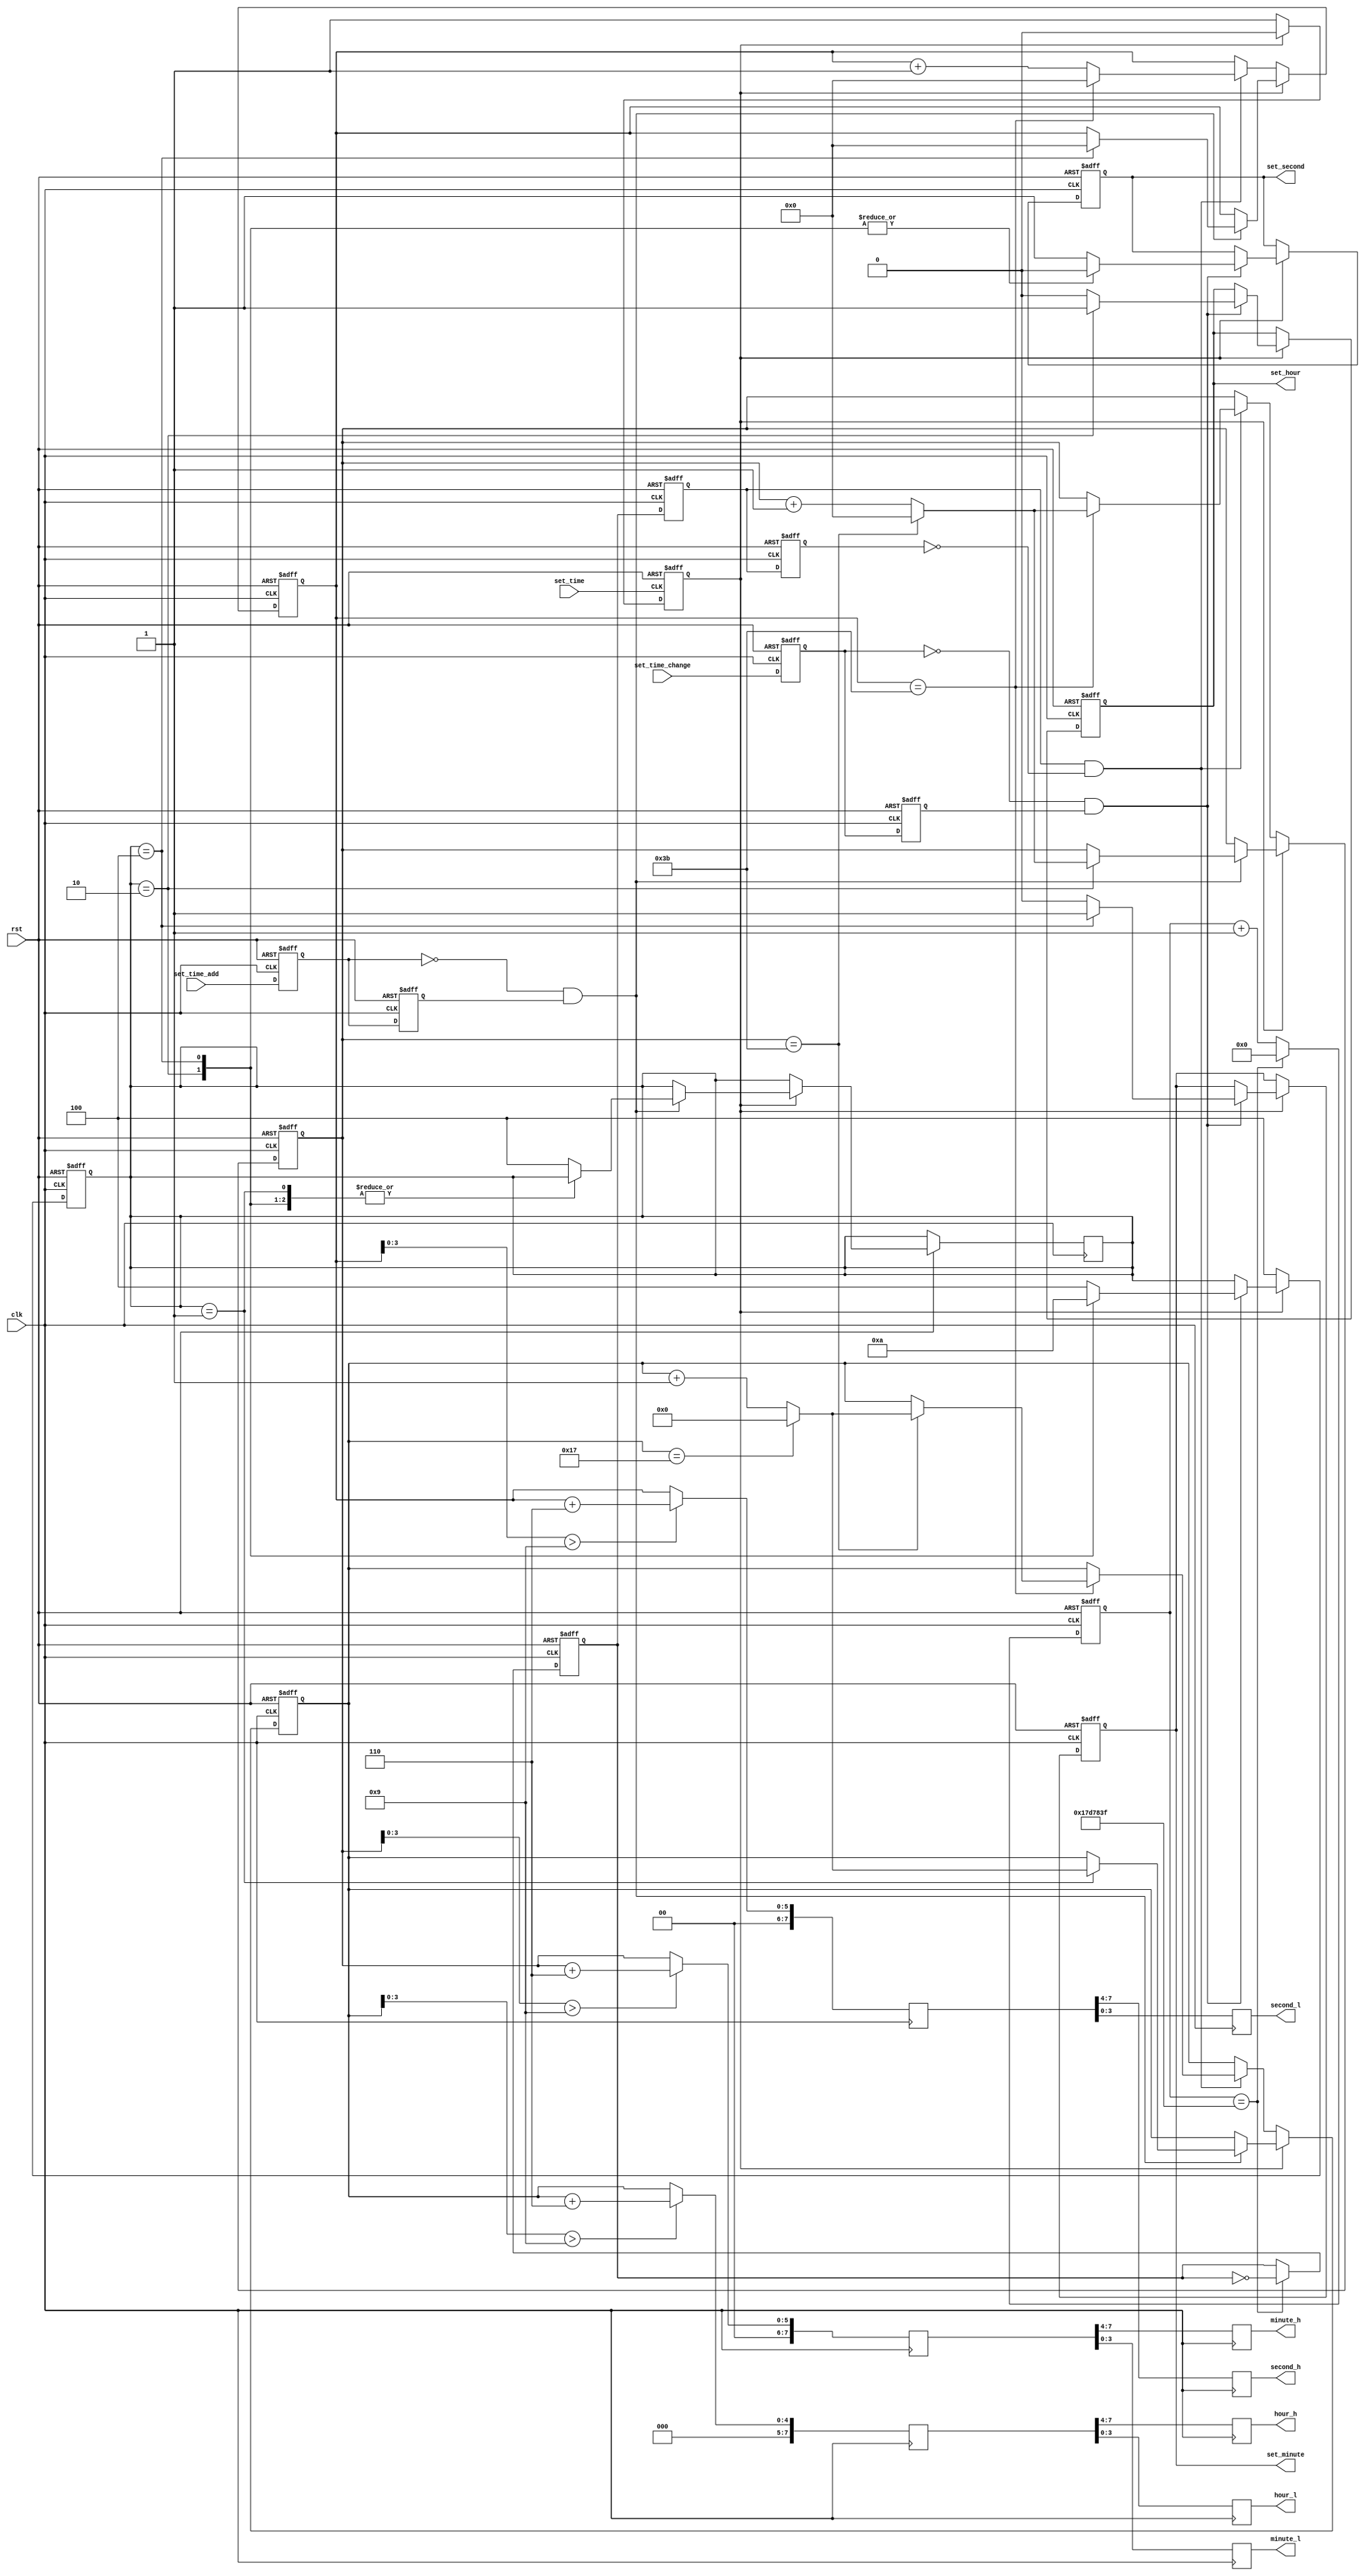
module counter
(
    input wire clk,
    input wire rst,
	
	input wire set_time,
	input wire set_time_change,
	input wire set_time_add,
	
    output reg[3:0] hour_h,
	output reg[3:0] hour_l,
    output reg[3:0] minute_h,
	output reg[3:0] minute_l,
    output reg[3:0] second_h,
	output reg[3:0] second_l,
	
	//
	output reg set_hour,
	output reg set_minute,
	output reg set_second
);
	
    reg[4:0]  hour_cnt;
    reg[5:0]  minute_cnt;
    reg[5:0]  second_cnt;
	reg[25:0] frequency_divider;
    reg       frequency_divider_out;
	reg       frequency_divider_out1,frequency_divider_out2;
	parameter crystal_frequency = 26'd50_000_000;
	
	reg[7:0]  hour_bcd_cnt;
    reg[7:0]  minute_bcd_cnt;
    reg[7:0]  second_bcd_cnt;
	
	reg       set_time_enable;
	parameter HOUR_CHANGE = 3'b001;
	parameter MINNUTE_CHANGE = 3'b010;
	parameter SECOND_CHANGE = 3'b100;
	reg[2:0]  change_state;
	reg       set_time_add_1;
	reg       set_time_add_2;
	reg       set_time_change_1;
	reg       set_time_change_2;
	
    always@(posedge clk or negedge rst)
    begin
        if(~rst)
		begin
            frequency_divider <= 26'b0;
			frequency_divider_out <= 1'b0;
		end
        else
        begin
            if(frequency_divider == crystal_frequency/2 - 26'b1)
			begin
                frequency_divider <= 26'b0;
				frequency_divider_out <= ~frequency_divider_out;
			end
            else
                frequency_divider <= frequency_divider + 26'b1;	
        end
    end
	
	always@(negedge set_time or negedge rst)
	begin
		if(~rst)
			set_time_enable <= 1'b0;
		else
			if(set_time_enable == 1'b0)
				set_time_enable <= 1'b1;
			else
				set_time_enable <= 1'b0;
	end
	
	always@(negedge rst or posedge clk)
	begin	
		if(~rst)
		begin
			change_state <= SECOND_CHANGE;
			set_time_change_1 <= 1'b1;
			set_time_change_2 <= 1'b1;
			set_second <= 1'b1;
			set_hour <= 1'b0;
			set_minute <= 1'b0;
		end
		else
		begin
			set_time_change_1 <= set_time_change;
			set_time_change_2 <= set_time_change_1;
			if(set_time_enable == 1'b1)
			begin
				if(~set_time_change_1 && set_time_change_2)
				begin
					case(change_state)
						HOUR_CHANGE:
						begin
							change_state <= SECOND_CHANGE;
							set_second <= 1'b1;
							set_hour <= 1'b0;
							set_minute <= 1'b0;
						end
						MINNUTE_CHANGE:
						begin
							change_state <= HOUR_CHANGE;
							set_hour <= 1'b1;
							set_second <= 1'b0;
							set_minute <= 1'b0;
						end
						SECOND_CHANGE:
						begin
							change_state <= MINNUTE_CHANGE;
							set_minute <= 1'b1;
							set_hour <= 1'b0;
							set_second <= 1'b0;
						end
						default:
						begin
							change_state <= SECOND_CHANGE;
							set_second <= 1'b1;
							set_hour <= 1'b0;
							set_minute <= 1'b0;
						end
					endcase
				end
				else
					change_state <= change_state;
			end
			else
				change_state <= SECOND_CHANGE;
		end
	end
	
	always@(posedge clk or negedge rst)
	begin
		if(~rst)
		begin
			set_time_add_1 <= 1'b1;
			set_time_add_2 <= 1'b1;
			
			hour_cnt <= 5'b0;
			minute_cnt <= 6'b0;
			second_cnt <= 6'b0;
			frequency_divider_out1 <= 1'b0;
			frequency_divider_out2 <= 1'b0;
		end
		else
		begin
			set_time_add_1 <= set_time_add;
			set_time_add_2 <= set_time_add_1;
			frequency_divider_out1 <= frequency_divider_out;
			frequency_divider_out2 <= frequency_divider_out1;
			if(set_time_enable == 1'b1)
			begin
				if(~set_time_add_1 && set_time_add_2)
				begin
					case(change_state)
						HOUR_CHANGE:
						begin
							if(hour_cnt == 5'd23)
								hour_cnt <= 5'b0;
							else
								hour_cnt <= hour_cnt + 5'b1;
						end
						MINNUTE_CHANGE:
						begin
							if(minute_cnt == 6'd59)
								minute_cnt <= 6'b0;
							else
								minute_cnt <= minute_cnt + 6'b1;
						end
						SECOND_CHANGE:second_cnt <= 6'b0;
						default:change_state <= SECOND_CHANGE;
					endcase
				end
				else
					change_state <= change_state;
			end
			else
			begin
				if(frequency_divider_out1 && ~frequency_divider_out2)
				begin
					if(second_cnt == 6'd59)
					begin
						second_cnt <= 6'b0;
						if(minute_cnt == 6'd59)
						begin
							minute_cnt <= 6'b0;
							if(hour_cnt == 5'd23)
								hour_cnt <= 5'b0;
							else
								hour_cnt <= hour_cnt + 5'b1;
						end
						else
							minute_cnt <= minute_cnt + 6'b1;
					end
					else
						second_cnt <= second_cnt + 6'b1;
				end
				else
					second_cnt <= second_cnt;
			end
			
		end
	end
	
	always@(posedge clk)//BCD change
	begin
		if(second_cnt[3:0] > 4'd9)
			second_bcd_cnt <= {2'b0,second_cnt + 6'd6};
		else
			second_bcd_cnt <= {2'b0,second_cnt};
		if(minute_cnt[3:0] > 4'd9)
			minute_bcd_cnt <= {2'b0,minute_cnt + 6'd6};
		else
			minute_bcd_cnt <= {2'b0,minute_cnt};
		if(hour_cnt[3:0] > 4'd9)
			hour_bcd_cnt <= {3'b0,hour_cnt + 5'd6};
		else
			hour_bcd_cnt <= {3'b0,hour_cnt};
	end
	always@(posedge clk)//output
	begin
		hour_h   <= hour_bcd_cnt[7:4];
		hour_l   <= hour_bcd_cnt[3:0];
		minute_h <= minute_bcd_cnt[7:4];
		minute_l <= minute_bcd_cnt[3:0];
		second_h <= second_bcd_cnt[7:4];
		second_l <= second_bcd_cnt[3:0];
	end
endmodule